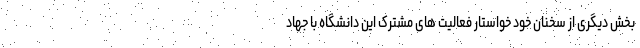
بخش دیگری از سخنان خود خواستار فعالیت های مشترک این دانشگاه با جهاد